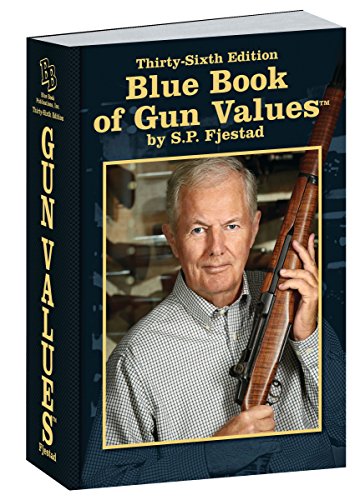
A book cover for Blue Book of Gun Values 36th Edition; S.P. Fjestad; Crafts, Hobbies & Home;